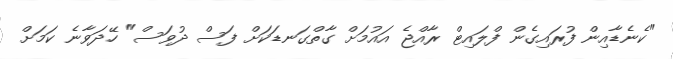
"ކެނެޑާއިން ފުރައިގެން ފްލައިޓް ރާއްޖެ އައުމަށް ގާތްގަނޑަކަށް ފަސް ދުވަސް" ހޭދަވާނެ ކަމަށް